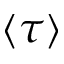
\langle \tau \rangle